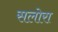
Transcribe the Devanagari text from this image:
सलोरा